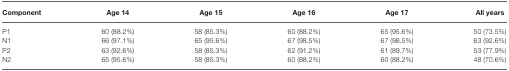
<table><thead><tr><td><b>Component</b></td><td><b>Age 14</b></td><td><b>Age 15</b></td><td><b>Age 16</b></td><td><b>Age 17</b></td><td><b>All years</b></td></tr></thead><tbody><tr><td>P1</td><td>60 (88.2%)</td><td>58 (85.3%)</td><td>60 (88.2%)</td><td>65 (95.6%)</td><td>50 (73.5%)</td></tr><tr><td>N1</td><td>66 (97.1%)</td><td>65 (95.6%)</td><td>67 (98.5%)</td><td>67 (98.5%)</td><td>63 (92.6%)</td></tr><tr><td>P2</td><td>63 (92.6%)</td><td>58 (85.3%)</td><td>62 (91.2%)</td><td>61 (89.7%)</td><td>53 (77.9%)</td></tr><tr><td>N2</td><td>65 (95.6%)</td><td>58 (85.3%)</td><td>60 (88.2%)</td><td>60 (88.2%)</td><td>48 (70.6%)</td></tr></tbody></table>